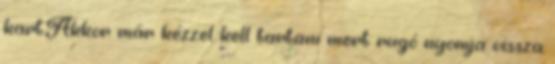
kart.Akkor már kézzel kell tartani mert rugó nyomja vissza